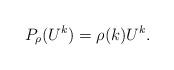
LaTeX: \begin{align*} P_\rho(U^k) = \rho(k)U^k . \end{align*}